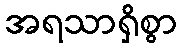
အရသာရှိစွာ